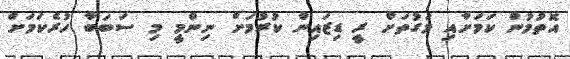
އޮތުމުން ކަމަށާއި މަގުތަށް ރީ ޑިޒައިން ކުރުމަށް ނިންމީ މި ސަބަބާ ހުރެކަމަށް